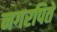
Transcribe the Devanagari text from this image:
नगरपिते